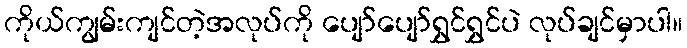
ကိုယ်ကျွမ်းကျင်တဲ့အလုပ်ကို ပျော်ပျော်ရွှင်ရွှင်ပဲ လုပ်ချင်မှာပါ။